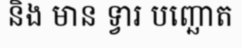
និង មាន ទ្វារ បញ្ឆោត